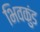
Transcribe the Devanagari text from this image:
भिवकुंड